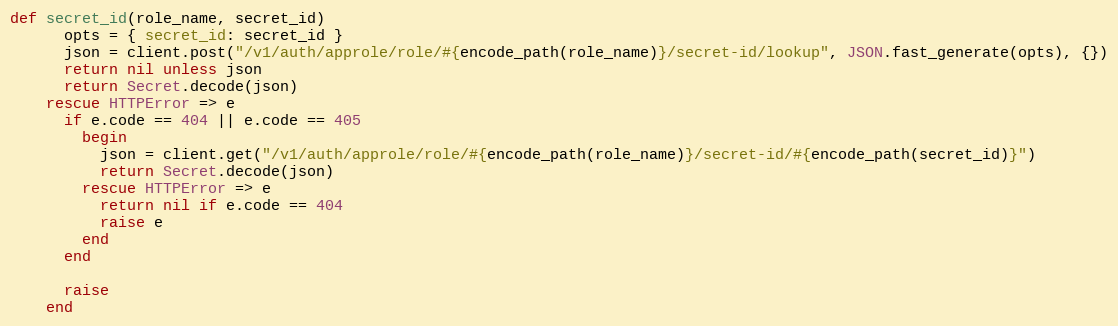
Language: Ruby
def secret_id(role_name, secret_id)
      opts = { secret_id: secret_id }
      json = client.post("/v1/auth/approle/role/#{encode_path(role_name)}/secret-id/lookup", JSON.fast_generate(opts), {})
      return nil unless json
      return Secret.decode(json)
    rescue HTTPError => e
      if e.code == 404 || e.code == 405
        begin
          json = client.get("/v1/auth/approle/role/#{encode_path(role_name)}/secret-id/#{encode_path(secret_id)}")
          return Secret.decode(json)
        rescue HTTPError => e
          return nil if e.code == 404
          raise e
        end
      end

      raise
    end